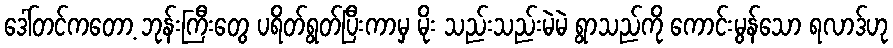
ဒေါ်တင်ကတော့ ဘုန်းကြီးတွေ ပရိတ်ရွတ်ပြီးကာမှ မိုး သည်းသည်းမဲမဲ ရွာသည်ကို ကောင်းမွန်သော ရလာဒ်ဟု